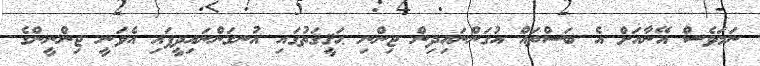
ނަމަވެސް އޭނާއަށް އެ ބަސްތައް އުގަންނައިދިން ޖިންނި ޙަޤީޤަތުގައި އުނގަންނައިދީފައި އެވަނީ ޖިންނީންގެ